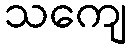
သကျေ